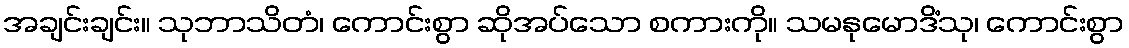
အချင်းချင်း။ သုဘာသိတံ၊ ကောင်းစွာ ဆိုအပ်သော စကားကို။ သမနုမောဒိံသု၊ ကောင်းစွာ